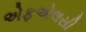
એફએલસી